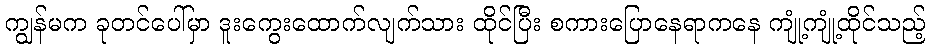
ကျွန်မက ခုတင်ပေါ်မှာ ဒူးကွေးထောက်လျက်သား ထိုင်ပြီး စကားပြောနေရာကနေ ကျုံ့ကျုံ့ထိုင်သည့်